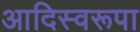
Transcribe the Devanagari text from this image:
आदिस्वरूपा